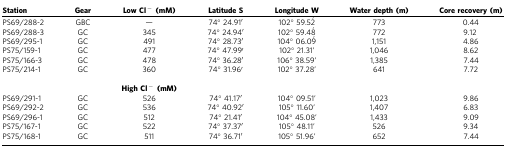
<table><thead><tr><td><b>Station</b></td><td><b>Gear</b></td><td><b>Low Cl<sup>−</sup>(mM)</b></td><td><b>Latitude S</b></td><td><b>Longitude W</b></td><td><b>Water depth (m)</b></td><td><b>Core recovery (m)</b></td></tr></thead><tbody><tr><td>PS69/288-2</td><td>GBC</td><td>—</td><td>74° 24.91′</td><td>102° 59.52 ́</td><td>773</td><td>0.44</td></tr><tr><td>PS69/288-3</td><td>GC</td><td>345</td><td>74° 24.94′</td><td>102° 59.48 ́</td><td>772</td><td>9.12</td></tr><tr><td>PS69/295-1</td><td>GC</td><td>491</td><td>74° 28.73′</td><td>104° 06.09 ́</td><td>1,151</td><td>4.86</td></tr><tr><td>PS75/159-1</td><td>GC</td><td>477</td><td>74° 47.99′</td><td>102° 21.31&#x27;</td><td>1,046</td><td>8.62</td></tr><tr><td>PS75/166-3</td><td>GC</td><td>478</td><td>74° 36.28′</td><td>106° 38.59&#x27;</td><td>1,385</td><td>7.44</td></tr><tr><td>PS75/214-1</td><td>GC</td><td>360</td><td>74° 31.96′</td><td>102° 37.28&#x27;</td><td>641</td><td>7.72</td></tr><tr><td> </td><td> </td><td> </td><td> </td><td> </td><td> </td><td> </td></tr><tr><td> </td><td> </td><td><b>High Cl</b><sup>−</sup><b>(mM)</b></td><td> </td><td> </td><td> </td><td> </td></tr><tr><td>PS69/291-1</td><td>GC</td><td>526</td><td>74° 41.17′</td><td>104° 09.51&#x27;</td><td>1,023</td><td>9.86</td></tr><tr><td>PS69/292-2</td><td>GC</td><td>536</td><td>74° 40.92′</td><td>105° 11.60&#x27;</td><td>1,407</td><td>6.83</td></tr><tr><td>PS69/296-1</td><td>GC</td><td>512</td><td>74° 21.41′</td><td>104° 45.08&#x27;</td><td>1,433</td><td>9.09</td></tr><tr><td>PS75/167-1</td><td>GC</td><td>522</td><td>74° 37.37′</td><td>105° 48.11&#x27;</td><td>526</td><td>9.34</td></tr><tr><td>PS75/168-1</td><td>GC</td><td>511</td><td>74° 36.71′</td><td>105° 51.96&#x27;</td><td>652</td><td>7.44</td></tr></tbody></table>